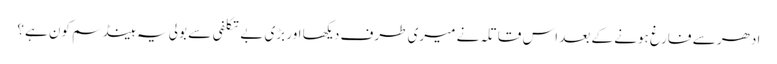
ادھر سے فارغ ہونے کے بعد اس قاتلہ نے میری طرف دیکھا اور بڑی بے تکلفی سے بولی یہ ہینڈ سم کون ہے؟